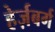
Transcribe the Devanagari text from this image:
हेर्ज़बर्ग